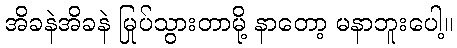
အိခနဲအိခနဲ မြုပ်သွားတာမို့ နာတော့ မနာဘူးပေါ့။